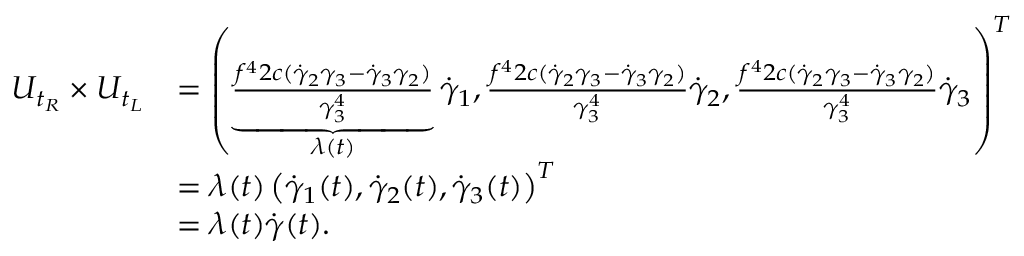
\begin{array} { r l } { U _ { t _ { R } } \times U _ { t _ { L } } } & { = \left( \underbrace { \frac { f ^ { 4 } 2 c ( \dot { \gamma } _ { 2 } \gamma _ { 3 } - \dot { \gamma } _ { 3 } \gamma _ { 2 } ) } { \gamma _ { 3 } ^ { 4 } } } _ { \lambda ( t ) } \dot { \gamma } _ { 1 } , \frac { f ^ { 4 } 2 c ( \dot { \gamma } _ { 2 } \gamma _ { 3 } - \dot { \gamma } _ { 3 } \gamma _ { 2 } ) } { \gamma _ { 3 } ^ { 4 } } \dot { \gamma } _ { 2 } , \frac { f ^ { 4 } 2 c ( \dot { \gamma } _ { 2 } \gamma _ { 3 } - \dot { \gamma } _ { 3 } \gamma _ { 2 } ) } { \gamma _ { 3 } ^ { 4 } } \dot { \gamma } _ { 3 } \right) ^ { T } } \\ & { = \lambda ( t ) \left( \dot { \gamma } _ { 1 } ( t ) , \dot { \gamma } _ { 2 } ( t ) , \dot { \gamma } _ { 3 } ( t ) \right) ^ { T } } \\ & { = \lambda ( t ) \dot { \gamma } ( t ) . } \end{array}